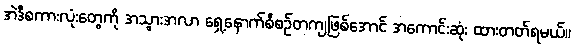
အဲဒီစကားလုံးတွေကို အသွားအလာ ရှေ့နောက်စီစဉ်တကျဖြစ်အောင် အကောင်းဆုံး ထားတတ်ရမယ်။